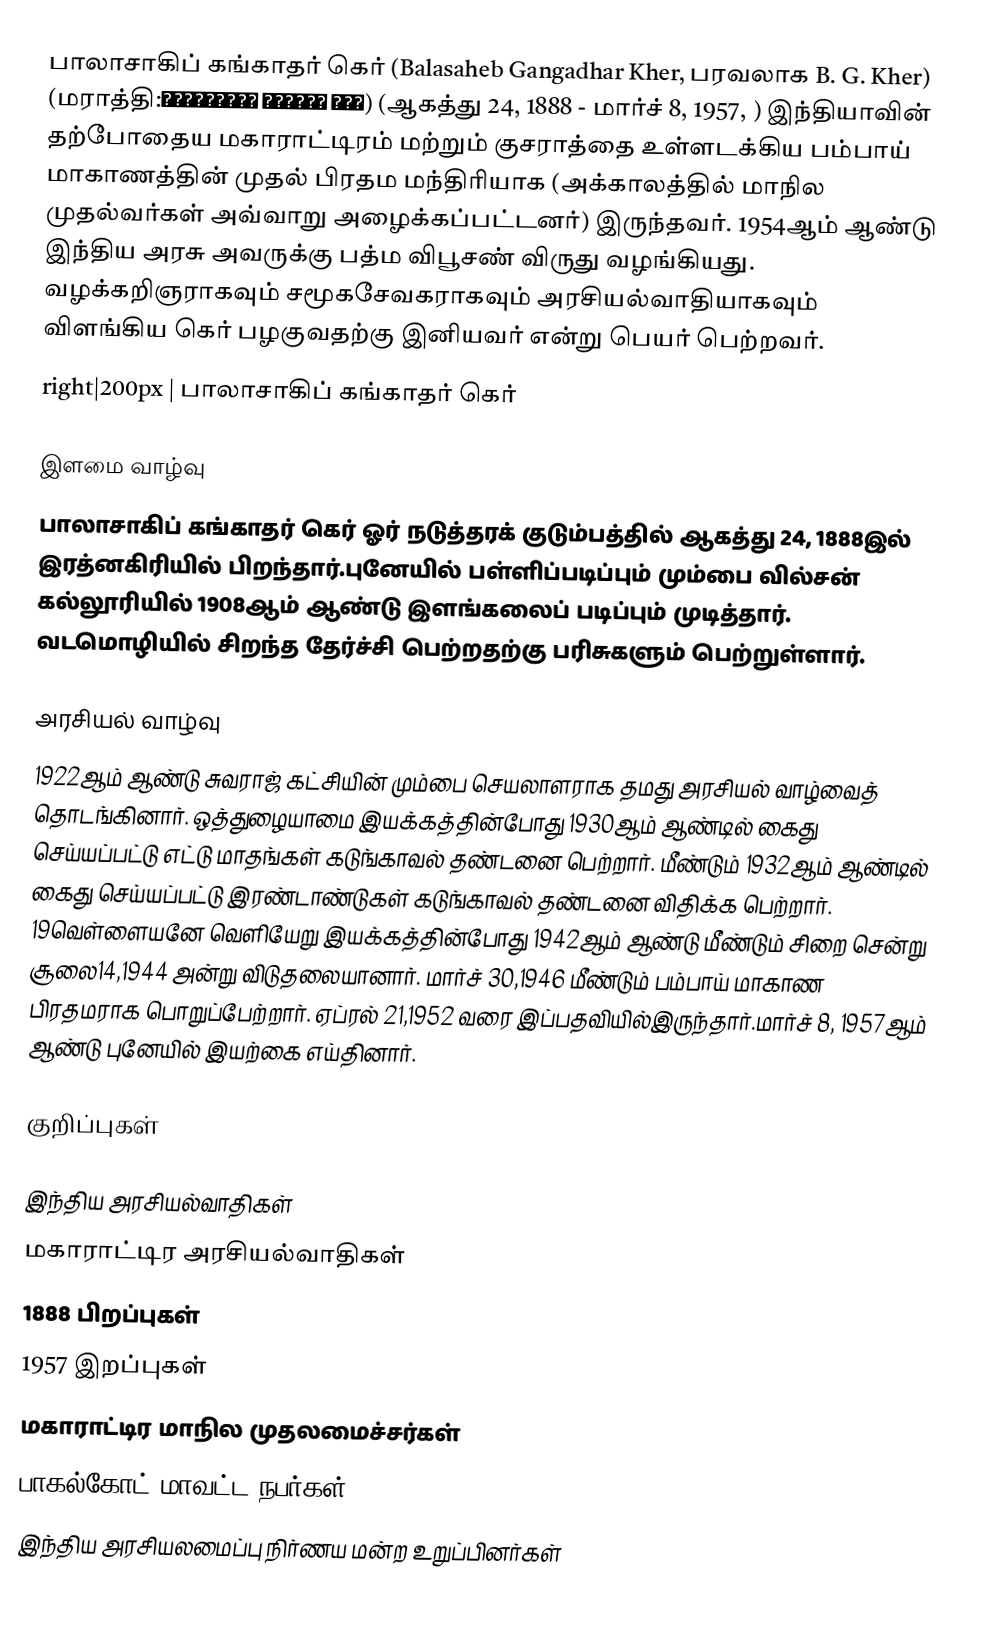
பாலாசாகிப் கங்காதர் கெர்  (Balasaheb Gangadhar Kher, பரவலாக B. G. Kher) (மராத்தி:बाळासाहेब गंगाधर खेर) (ஆகத்து 24, 1888 - மார்ச் 8, 1957, ) இந்தியாவின் தற்போதைய மகாராட்டிரம் மற்றும் குசராத்தை உள்ளடக்கிய பம்பாய் மாகாணத்தின் முதல் பிரதம மந்திரியாக (அக்காலத்தில் மாநில முதல்வர்கள் அவ்வாறு அழைக்கப்பட்டனர்) இருந்தவர். 1954ஆம் ஆண்டு இந்திய அரசு அவருக்கு பத்ம விபூசண் விருது வழங்கியது. வழக்கறிஞராகவும் சமூகசேவகராகவும் அரசியல்வாதியாகவும் விளங்கிய கெர் பழகுவதற்கு இனியவர் என்று பெயர் பெற்றவர்.
 right|200px | பாலாசாகிப் கங்காதர் கெர்

இளமை வாழ்வு
பாலாசாகிப் கங்காதர் கெர் ஓர் நடுத்தரக் குடும்பத்தில் ஆகத்து 24, 1888இல் இரத்னகிரியில் பிறந்தார்.புனேயில் பள்ளிப்படிப்பும் மும்பை வில்சன் கல்லூரியில் 1908ஆம் ஆண்டு இளங்கலைப் படிப்பும் முடித்தார். வடமொழியில் சிறந்த தேர்ச்சி பெற்றதற்கு பரிசுகளும் பெற்றுள்ளார்.

அரசியல் வாழ்வு
1922ஆம் ஆண்டு சுவராஜ் கட்சியின் மும்பை செயலாளராக தமது அரசியல் வாழ்வைத் தொடங்கினார். ஒத்துழையாமை இயக்கத்தின்போது 1930ஆம் ஆண்டில் கைது செய்யப்பட்டு எட்டு மாதங்கள் கடுங்காவல் தண்டனை பெற்றார். மீண்டும் 1932ஆம் ஆண்டில் கைது செய்யப்பட்டு இரண்டாண்டுகள் கடுங்காவல் தண்டனை விதிக்க பெற்றார். 19வெள்ளையனே வெளியேறு இயக்கத்தின்போது 1942ஆம் ஆண்டு மீண்டும் சிறை சென்று சூலை14,1944 அன்று விடுதலையானார். மார்ச் 30,1946 மீண்டும் பம்பாய் மாகாண பிரதமராக பொறுப்பேற்றார். ஏப்ரல் 21,1952 வரை இப்பதவியில்இருந்தார்.மார்ச் 8, 1957ஆம் ஆண்டு புனேயில் இயற்கை எய்தினார்.

குறிப்புகள்

இந்திய அரசியல்வாதிகள்
மகாராட்டிர அரசியல்வாதிகள்
1888 பிறப்புகள்
1957 இறப்புகள்
மகாராட்டிர மாநில முதலமைச்சர்கள்
பாகல்கோட் மாவட்ட நபர்கள்
இந்திய அரசியலமைப்பு நிர்ணய மன்ற உறுப்பினர்கள்